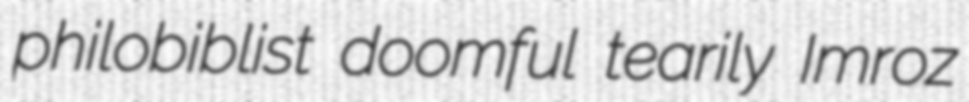
philobiblist doomful tearily Imroz